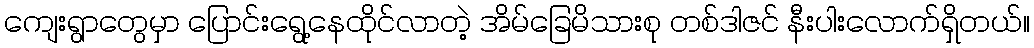
ကျေးရွာတွေမှာ ပြောင်းရွေ့နေထိုင်လာတဲ့ အိမ်ခြေမိသားစု တစ်ဒါဇင် နီးပါးလောက်ရှိတယ်။